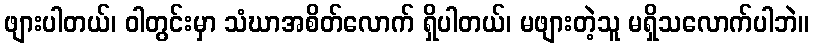
ဖျားပါတယ်၊ ဝါတွင်းမှာ သံဃာအစိတ်လောက် ရှိပါတယ်၊ မဖျားတဲ့သူ မရှိသလောက်ပါဘဲ။